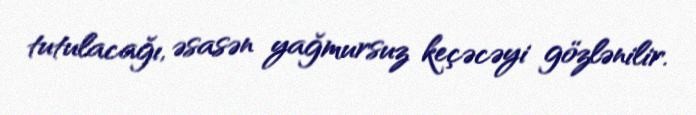
tutulacağı, əsasən yağmursuz keçəcəyi gözlənilir.